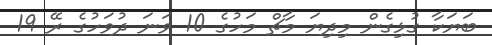
ބަޔަކާ ގުޅިގެން މިދިޔަ މާޗް މަހުގެ 10 ވަނަ ދުވަހުގެ ރޭ 19